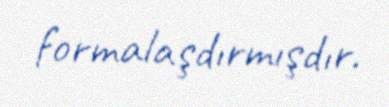
formalaşdırmışdır.